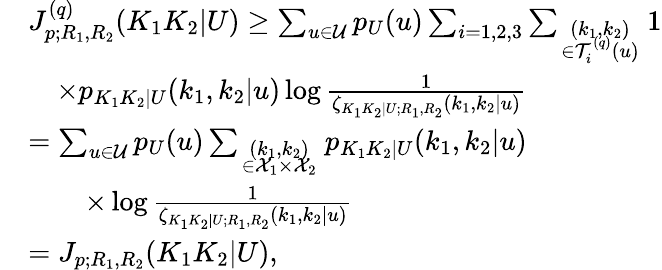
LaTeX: \begin{array}{rl}&{J_{p;R_{1},R_{2}}^{(q)}(K_{1}K_{2}|U)\geq\sum_{u\in{\cal U}}p_{U}(u)\sum_{i=1,2,3}\sum_{\scriptstyle(k_{1},k_{2})\atop{\scriptstyle\in{\cal T}_{i}^{(q)}(u)}}1}\\ &{\quad\times p_{K_{1}K_{2}|U}(k_{1},k_{2}|u)\log\frac{1}{\zeta_{K_{1}K_{2}|U;R_{1},R_{2}}(k_{1},k_{2}|u)}}\\ &{=\sum_{u\in{\cal U}}p_{U}(u)\sum_{\scriptstyle(k_{1},k_{2})\atop{\scriptstyle\in{\cal X}_{1}\times{\cal X}_{2}}}p_{K_{1}K_{2}|U}(k_{1},k_{2}|u)}\\ &{\qquad\times\log\frac{1}{\zeta_{K_{1}K_{2}|U;R_{1},R_{2}}(k_{1},k_{2}|u)}}\\ &{=J_{p;R_{1},R_{2}}(K_{1}K_{2}|U),}\end{array}